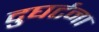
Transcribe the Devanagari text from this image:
दुघर्टना